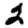
Digit: 2